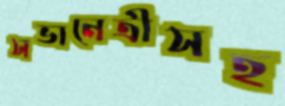
সভানেত্রীসহ